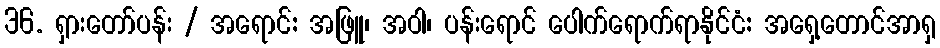
36. ရှားတော်ပန်း / အရောင်: အဖြူ၊ အဝါ၊ ပန်းရောင် ပေါက်ရောက်ရာနိုင်ငံ: အရှေ့တောင်အာရှ